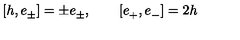
[ h , e _ { \pm } ^ { } ] = \pm e _ { \pm } ^ { } , \qquad [ e _ { + } ^ { } , e _ { - } ^ { } ] = 2 h \,